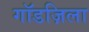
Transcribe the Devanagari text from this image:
गॉडज़िला